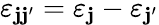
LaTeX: \varepsilon_{\mathbf{j}\mathbf{j}^{\prime}}=\varepsilon_{\mathbf{j}}-\varepsilon_{\mathbf{j}^{\prime}}